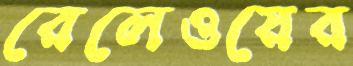
রেলেওয়ের